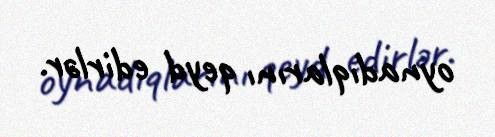
oynadıqlarını qeyd edirlər.